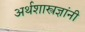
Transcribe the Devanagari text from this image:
अर्थशास्त्रज्ञांनी